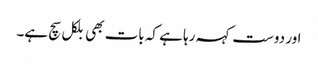
اور دوست کہہ رہا ہے کہ بات بھی بلکل سچ ہے۔